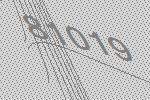
81019